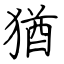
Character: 猶